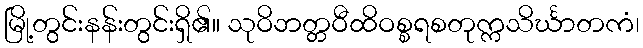
မြို့တွင်းနန်းတွင်းရှိ၏။ သုဝိဘတ္တဝီထိဝစ္စရစတုက္ကသိင်္ဃာတကံ၊